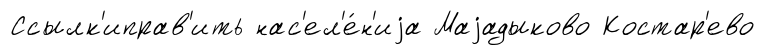
Ссылк'иправ'ить нас'ел'е́н'иjа Маjадыково Костар'ево